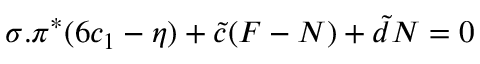
\sigma . \pi ^ { * } ( 6 c _ { 1 } - \eta ) + { \tilde { c } } ( F - N ) + { \tilde { d } } N = 0